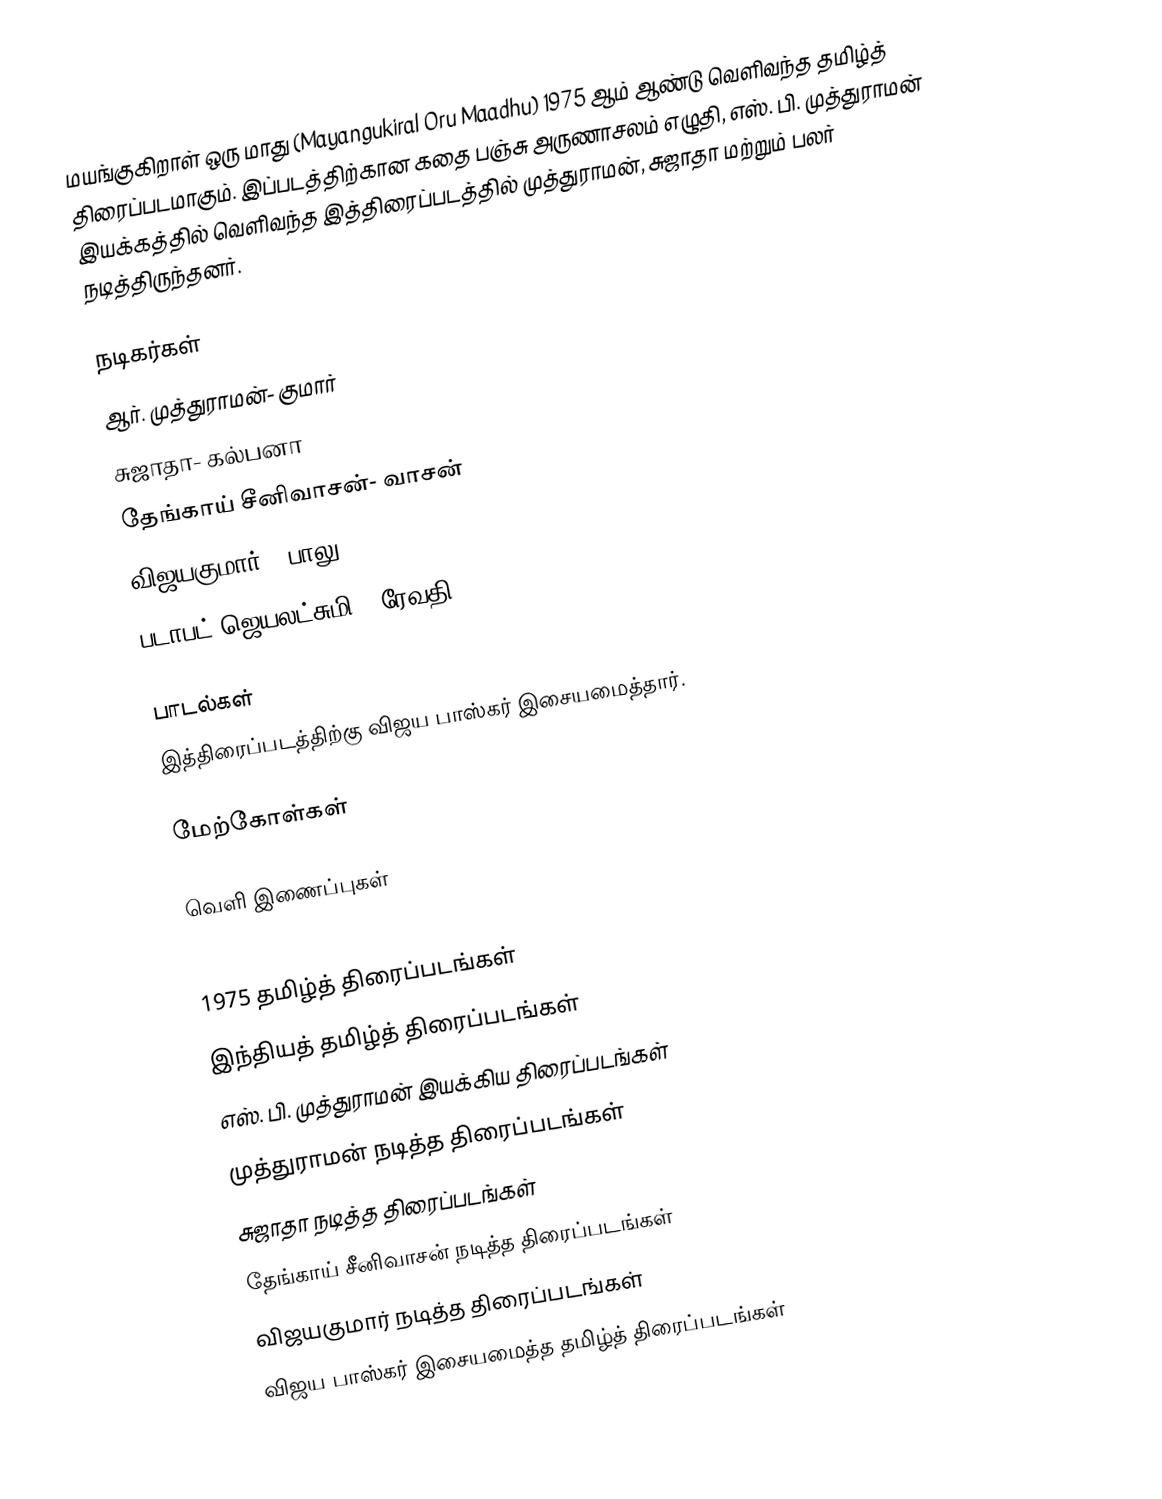
மயங்குகிறாள் ஒரு மாது (Mayangukiral Oru Maadhu) 1975 ஆம் ஆண்டு வெளிவந்த தமிழ்த் திரைப்படமாகும். இப்படத்திற்கான கதை பஞ்சு அருணாசலம் எழுதி, எஸ். பி. முத்துராமன் இயக்கத்தில் வெளிவந்த இத்திரைப்படத்தில் முத்துராமன், சுஜாதா மற்றும் பலர் நடித்திருந்தனர்.

நடிகர்கள்
 ஆர். முத்துராமன்- குமார்
 சுஜாதா- கல்பனா
 தேங்காய் சீனிவாசன்- வாசன்
 விஜயகுமார் - பாலு
 படாபட் ஜெயலட்சுமி - ரேவதி

பாடல்கள்
இத்திரைப்படத்திற்கு விஜய பாஸ்கர் இசையமைத்தார்.

மேற்கோள்கள்

வெளி இணைப்புகள்

1975 தமிழ்த் திரைப்படங்கள்
இந்தியத் தமிழ்த் திரைப்படங்கள்
எஸ். பி. முத்துராமன் இயக்கிய திரைப்படங்கள்
முத்துராமன் நடித்த திரைப்படங்கள்
சுஜாதா நடித்த திரைப்படங்கள்
தேங்காய் சீனிவாசன் நடித்த திரைப்படங்கள்
விஜயகுமார் நடித்த திரைப்படங்கள்
விஜய பாஸ்கர் இசையமைத்த தமிழ்த் திரைப்படங்கள்